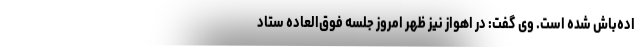
اده‌باش شده است. وی گفت: در اهواز نیز ظهر امروز جلسه فوق‌العاده ستاد